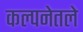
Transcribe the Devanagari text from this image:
कल्पनेतले